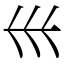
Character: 𡿧